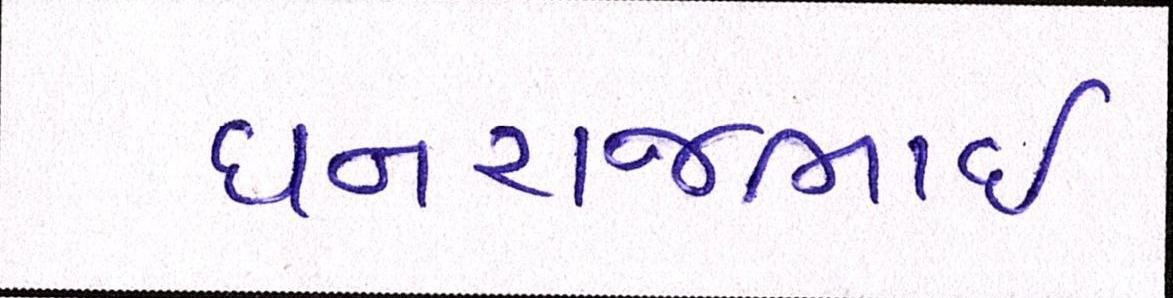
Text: ધનરાજભાઈ